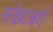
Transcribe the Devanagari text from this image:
सक्रेटबर्ग